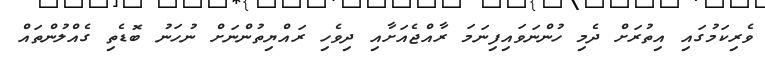
ވެރިކަމުގައި އިތުރަށް ދެމި ހުންނަވައިފިނަމަ ރާއްޖެއަށާއި ދިވެހި ރައްޔިތުންނަށް ނުހަނު ބޮޑެތި ގެއްލުންތައް